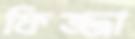
ফিজ্জা